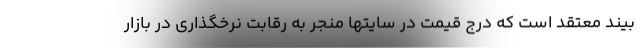
بیند معتقد است که درج قیمت در سایتها منجر به رقابت نرخگذاری در بازار